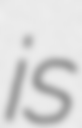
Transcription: is